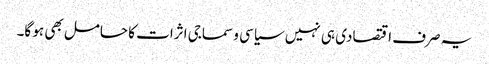
یہ صرف اقتصادی ہی نہیں سیاسی و سماجی اثرات کا حامل بھی ہو گا۔